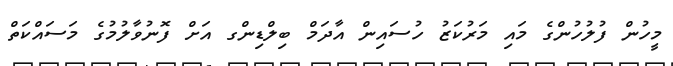
މީހުން ފުލުހުންގެ މައި މަރުކަޒު ހުސައިން އާދަމް ބިލްޑިންގ އަށް ފޮނުވާލުމުގެ މަސައްކަތް